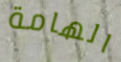
الهامة